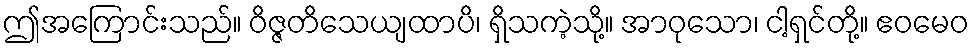
ဤအကြောင်းသည်။ ဝိဇ္ဇတိသေယျထာပိ၊ ရှိသကဲ့သို့။ အာဝုသော၊ ငါ့ရှင်တို့။ ဧဝမေဝ